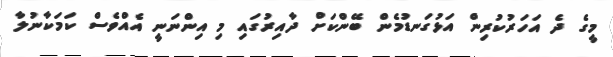
މީގެ ދެ އަހަރުކުރިން އަޅުގަނޑުމެން ބޭންކަށް ދާއިރުގައި މި އިންނަނީ އެއްވެސް ކަމަކާނުލާ